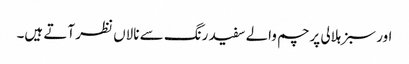
اور سبز ہلالی پرچم والے سفید رنگ سے نالاں نظر آتے ہیں۔